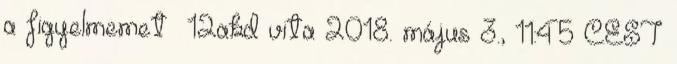
a figyelmemetǃ 12akd vita 2018. május 3., 11:45 CEST